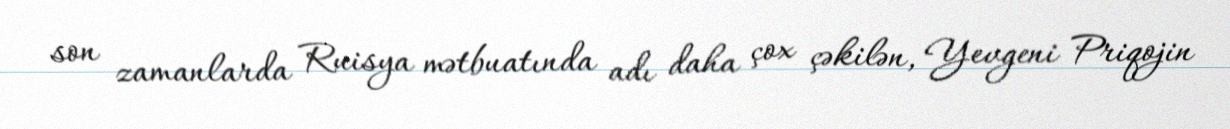
son zamanlarda Ruisya mətbuatında adı daha çox çəkilən, Yevgeni Priqojin